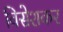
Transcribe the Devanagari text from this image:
विसेशकर